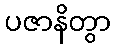
ပဇာနိတွာ